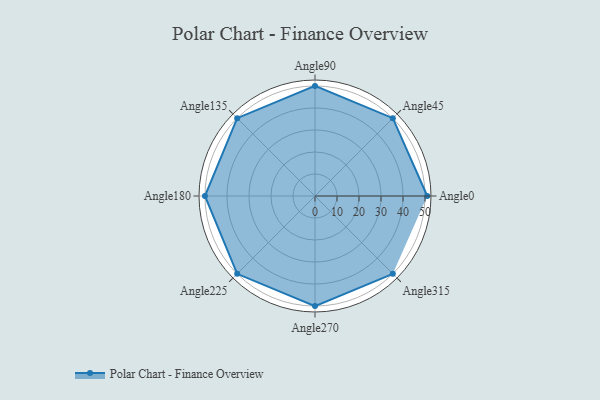
{"axis": {"x": "Angle", "y": "Radius"}, "legend": [""], "data": [{"x": "Angle0", "y": 51.0, "type": ""}, {"x": "Angle45", "y": 50, "type": ""}, {"x": "Angle90", "y": 50, "type": ""}, {"x": "Angle135", "y": 50, "type": ""}, {"x": "Angle180", "y": 50, "type": ""}, {"x": "Angle225", "y": 50, "type": ""}, {"x": "Angle270", "y": 50, "type": ""}, {"x": "Angle315", "y": 50, "type": ""}]}